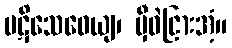
ပဋိသေဝေယျ၊ မှီဝဲငြားအံ့။